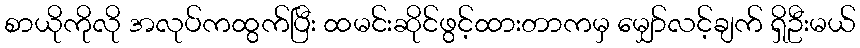
စာယိုကိုလို အလုပ်ကထွက်ပြီး ထမင်းဆိုင်ဖွင့်ထားတာကမှ မျှော်လင့်ချက် ရှိဦးမယ်